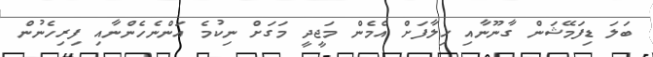
ބަލަ ޑިފަމޭޝަން ގާނޫނާއި ޚިލާފަށް އެމެން މަޖީދީ މަގަށް ނިކުމެ އަންނެހެންނާއި ފިރިހެނުން